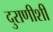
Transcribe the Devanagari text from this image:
दुराणीशी